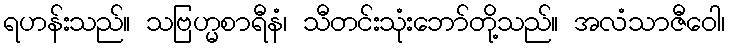
ရဟန်းသည်။ သဗြဟ္မစာရီနံ၊ သီတင်းသုံးဘော်တို့သည်။ အလံသာဇီဝေါ၊